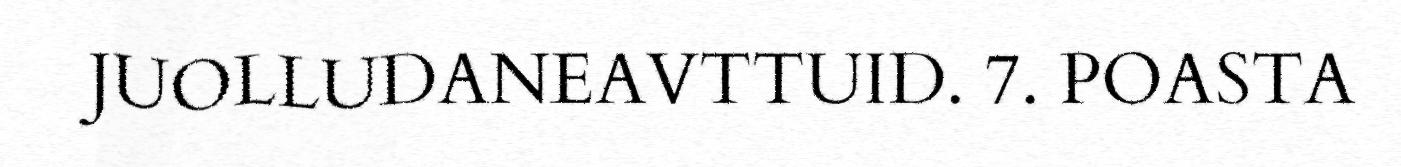
JUOLLUDANEAVTTUID. 7. POASTA